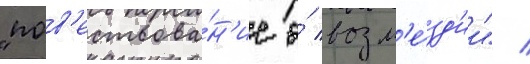
"пов'ествова́н'ие о́ возм'е́зд'ии" /